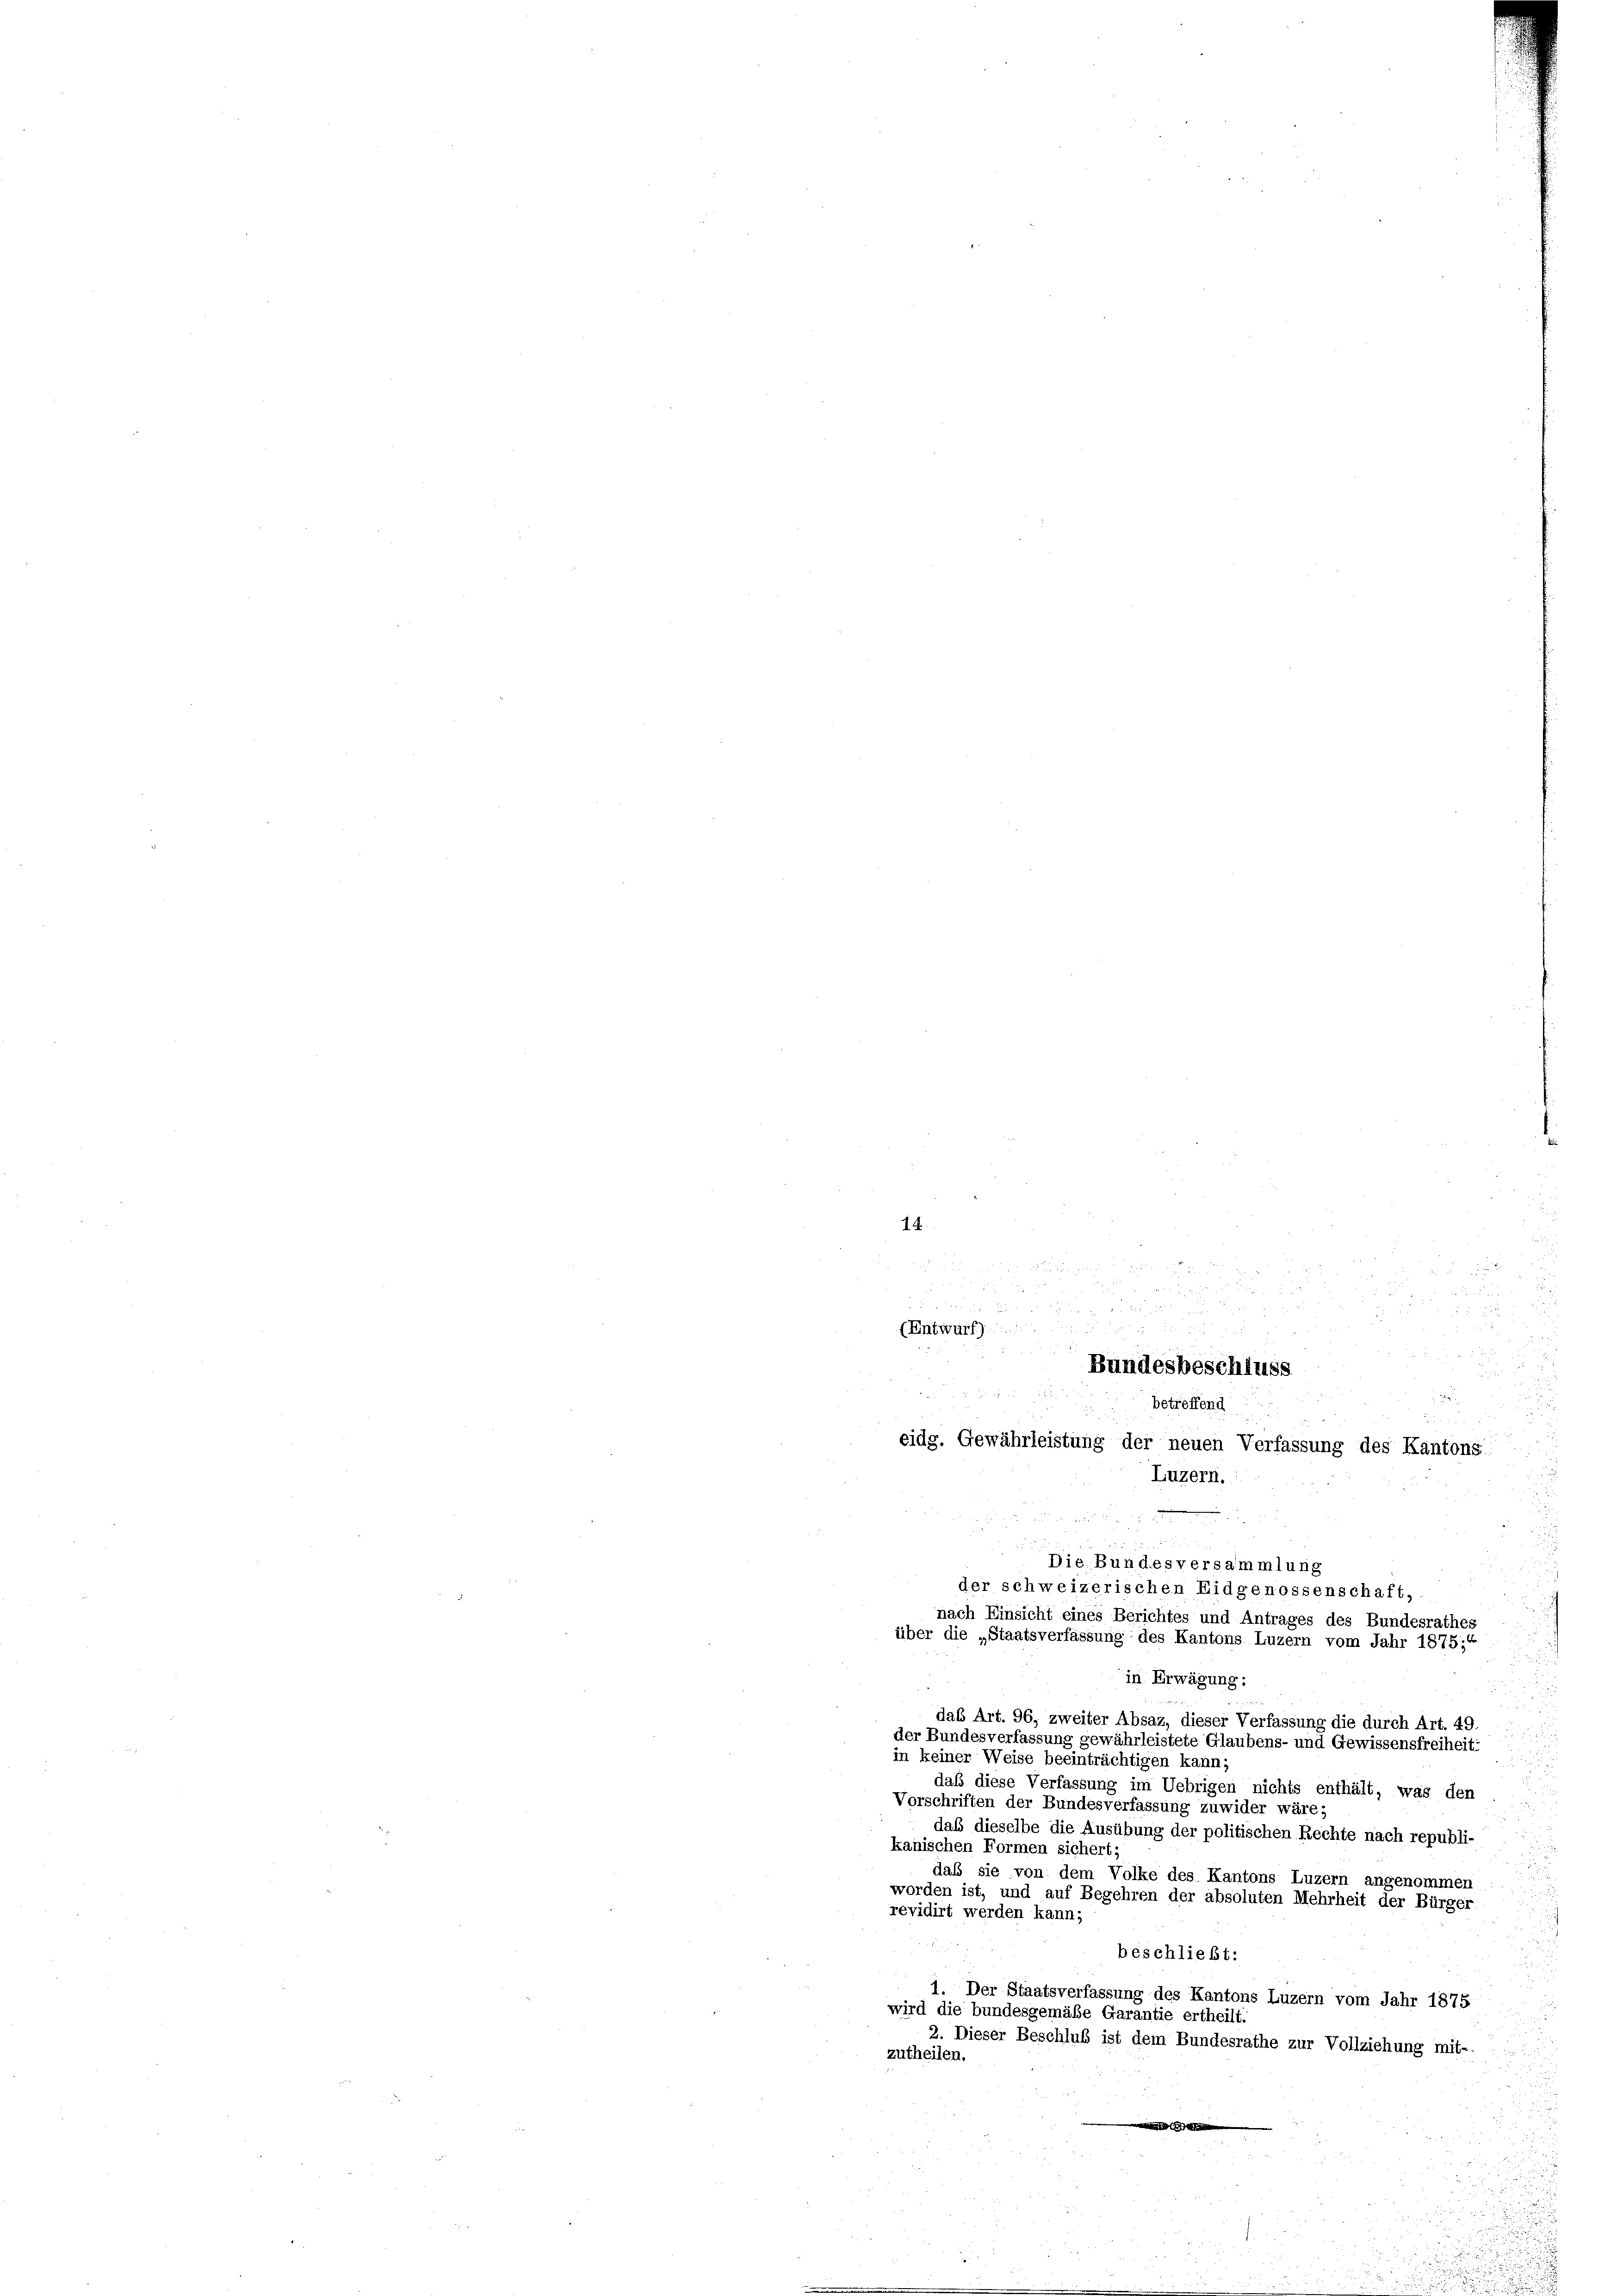
18.

.
u
 x

5

2
2
Entwurf

 8 x
Bundesbeschluss
d
e
betreffend
 85
eidg. Gewährleistung der neuen Verfassung des Kantons
Luzern.

in Erwägung:
das Art. 96, zweiter Absaz, dieser Verfassung die durch Art. 49.
der Bundesverfassung gewährleistete Glaubens- und Gewissensfreiheit:
in keiner Weise beeinträchtigen kann
daß diese Verfassung im Uebrigen nichts enthält, was den
Vorschriften der Bundesverfassung zuwider wäre:
daß dieselbe die Ausübung der politischen Rechte nach republi-
kanischen Formen sichert:
daß sie von dem Volke des Kantons Luzern angenommen
worden ist, und auf Begehren der absoluten Mehrheit der Bürger
revidirt werden kann;
beschließt:
1. Der Staatsverfassung des Kantons Luzern vom Jahr 1875
wird die bundesgemäße Garantie ertheilt.
2. Dieser Beschluß ist dem Bundesrathe zur Vollziehung mit-
zutheilen.
m

Die Bundesversammlung
der schweizerischen Eidgenossenschaft,
nach Einsicht eines Berichtes und Antrages des Bundesrathes
über die „Staatsverfassung des Kantons Luzern vom Jahr 1875;